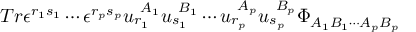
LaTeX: T r \epsilon ^ { r _ { 1 } s _ { 1 } } \cdots \epsilon ^ { r _ { p } s _ { p } } u _ { r _ { 1 } } ^ { \ A _ { 1 } } u _ { s _ { 1 } } ^ { \ B _ { 1 } } \cdots u _ { r _ { p } } ^ { \ A _ { p } } u _ { s _ { p } } ^ { \ B _ { p } } \Phi _ { A _ { 1 } B _ { 1 } \cdots A _ { p } B _ { p } }